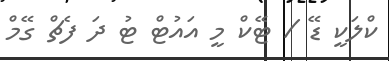
ކްލަކީ ޑޭ / ޓޭކް މީ އައުޓް ޓު ދަ ފެޗް ގޭމް